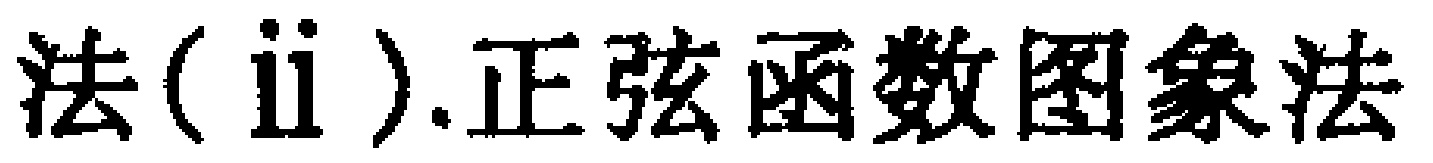
法(ii).正弦函数图象法